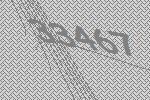
33467